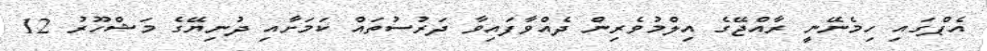
އެޕްގައި ހިމެނޭނީ ރާއްޖޭގެ އިލްމުވެރިން ދެއްވާފައިވާ ދަރުސުތައް ކަމަށާއި ދުނިޔޭގެ މަޝްހޫރު 12